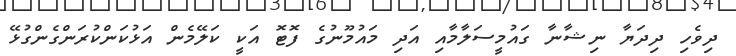
ދިވެހި ދިދަޔާ ނިޝާނާ ގައުމީސަލާމާއި އަދި މައުމޫނުގެ ފޮޓޮ އަކީ ކަލޭމެން އަޅުކަންކުރަންގެންގުޅޭ